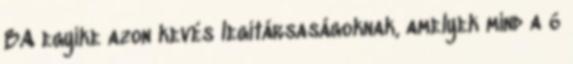
BA egyike azon kevés legitársaságoknak, amelyek mind a 6